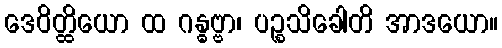
ဒေဝိတ္ထိယော ထ ဂန္ဓဗ္ဗာ၊ ပဉ္စသိခေါတိ အာဒယော။